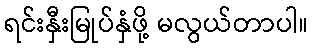
ရင်းနှီးမြုပ်နှံဖို့ မလွယ်တာပါ။